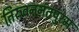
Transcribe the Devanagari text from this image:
तिरुवननंतपुरम